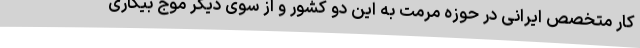
کار متخصص ایرانی در حوزه مرمت به این دو کشور و از سوی دیگر موج بیکاری